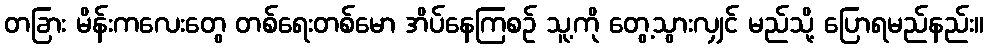
တခြား မိန်းကလေးတွေ တစ်ရေးတစ်မော အိပ်နေကြစဉ် သူ့ကို တွေ့သွားလျှင် မည်သို့ ပြောရမည်နည်း။